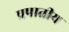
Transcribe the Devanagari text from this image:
प्रपातीय